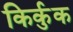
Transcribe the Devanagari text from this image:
किर्कुक